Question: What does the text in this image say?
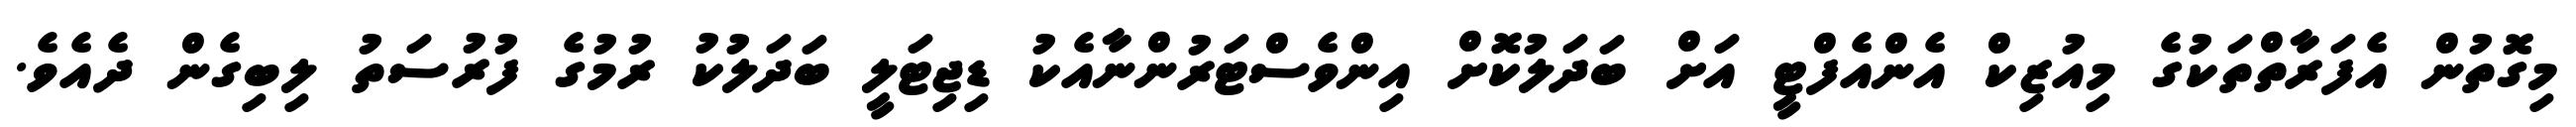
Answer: މިގޮތުން އެފަރާތްތަކުގެ މިއުޒިކް އެންއެފްޓީ އަށް ބަދަލުކޮށް އިންވެސްޓަރުންނާއެކު ޑިޖިޓަލީ ބަދަލުކު ރުމުގެ ފުރުސަތު ލިބިގެން ދެއެވެ.